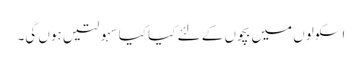
اسکولوں میں بچوں کے لئے کیا کیا سہولتیں ہوں گی۔